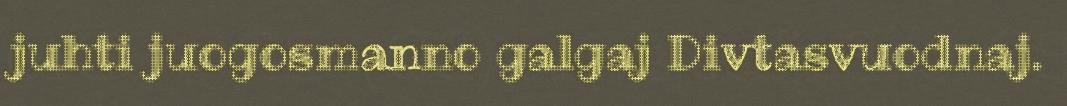
juhti juogosmanno galgaj Divtasvuodnaj.